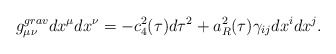
\begin{align*}g^{grav}_{\mu\nu}dx^{\mu}dx^{\nu}=-c^2_4(\tau)d\tau^2+a^2_R(\tau)\gamma_{ij}dx^idx^j.\end{align*}